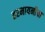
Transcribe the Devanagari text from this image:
हरमायनीचा